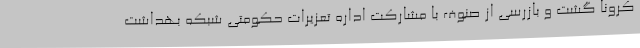
کرونا گشت و بازرسی از صنوف با مشارکت اداره تعزیرات حکومتی شبکه بهداشت